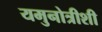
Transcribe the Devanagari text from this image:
यमुनोत्रीशी